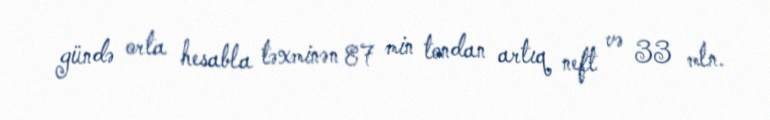
gündə orta hesabla təxminən 87 min tondan artıq neft və 33 mln.